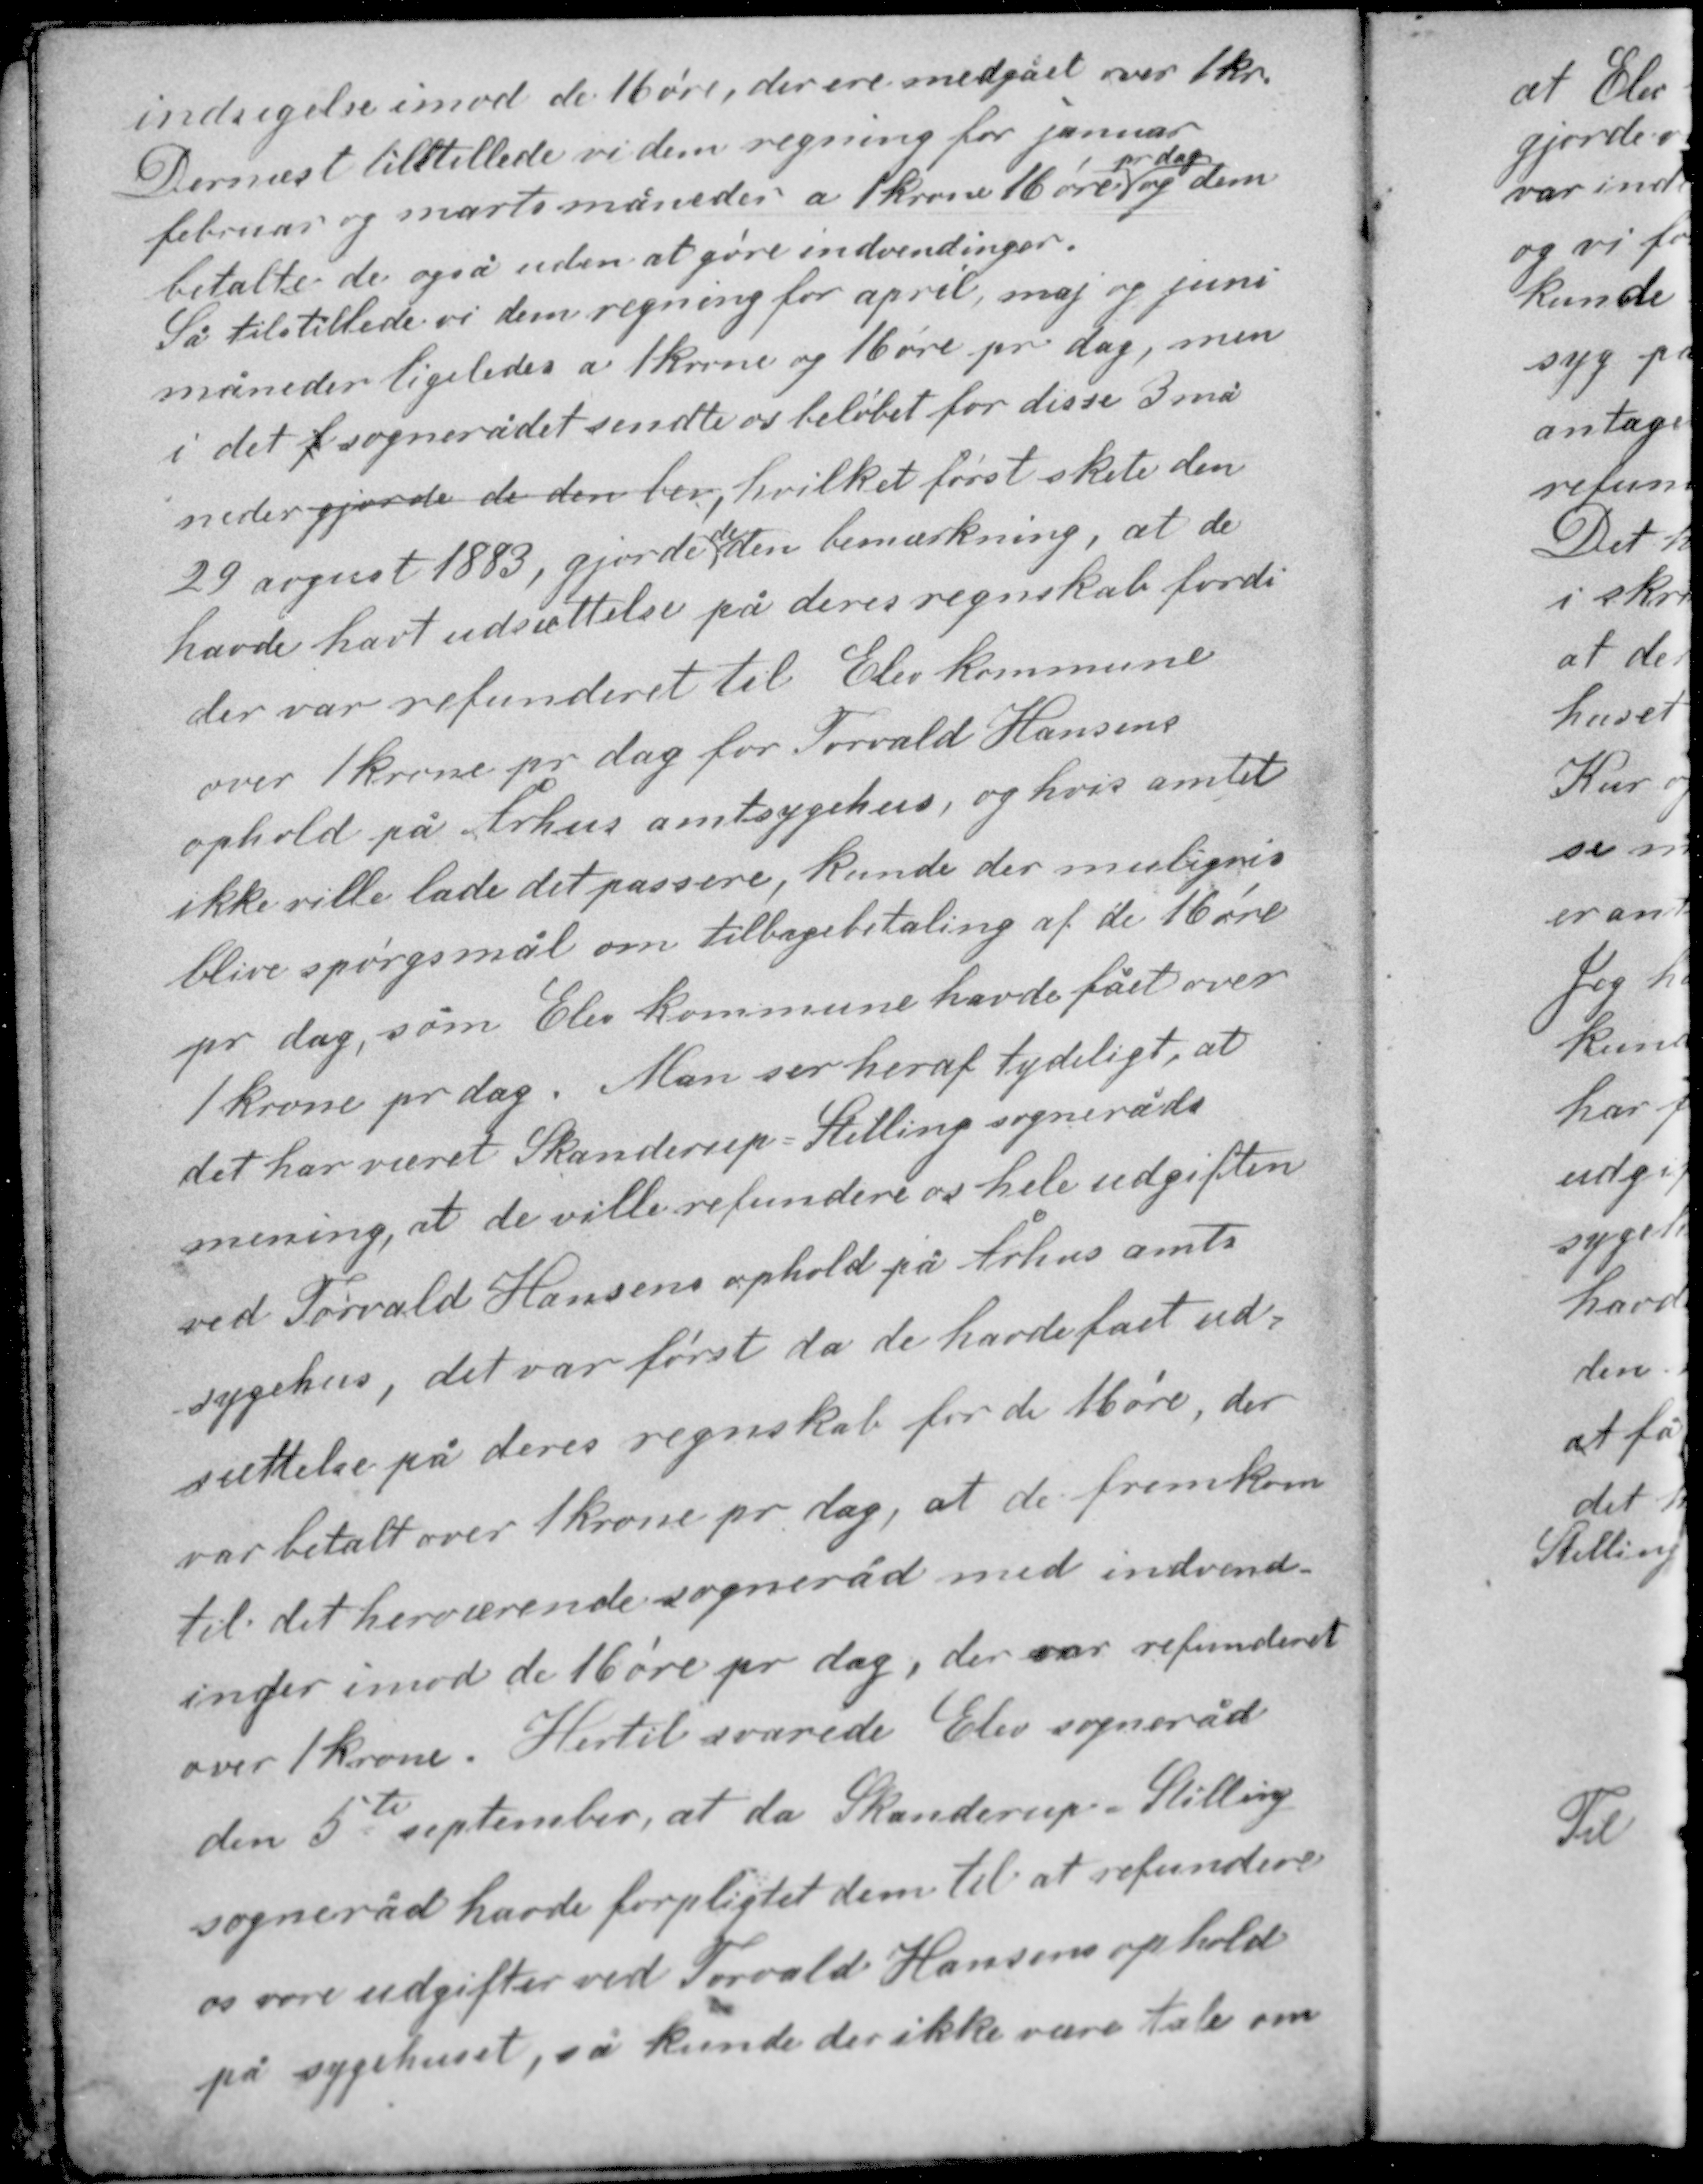
Transskription:
indsigelse imod de 16 øre, der ere medgået over 1 kr.
Dernæst tilstillede vi dem regning for januar
pr dag
februar og marts måneder a 1 krone 16 øre og dem
betalte de også uden at gøre indvendinger.
Så tilstillede vi dem regning for april, maj og juni
måneder ligeledes a 1 Krone og 16 øre pr. dag, men
i det f sognerådet sendte os beløbet for disse 3 må-
neder gjorde de den her, hvilket først skete den
29 august 1883, gjorde de den bemærkning, at de
havde havt udsættelse på deres regnskab fordi

der var refunderet til Elev kommune
over 1 krone pr dag for Torvald Hansens
ophold på Århus amtssygehus, og hvis amtet
ikke ville lade det passere, kunde der muligvis
blive spørgsmål om tilbagebetaling af de 16 øre
pr dag, som Elev kommune havde fået over
1 krone pr dag. Man ser heraf tydeligt, at
det har været Skanderup - Stilling sogneråds
mening, at de ville refundere os hele udgiften
ved Thorvald Hansens ophold på Århus amts

sygehus, det var først da de havde fået ud-
sættelse på deres regnskab for de 16 øre, der
var betalt over 1 krone pr dag, at de fremkom
til det herværende sogneråd med indvend-
inger imod de 16 øre pr dag, der var refunderet
over 1 krone. Hertil svarede Elev sogneråd
den 5te september, at da Skanderup - Stilling
sogneråd havde forpligtet dem til at refundere
os vore udgifter ved Torvald Hansens ophold
på sygehuset, så kunde der ikke være tale om